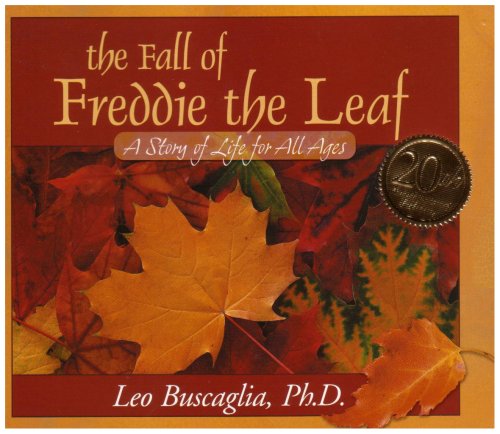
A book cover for The Fall of Freddie the Leaf: A Story of Life for All Ages; Leo Buscaglia; Self-Help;